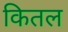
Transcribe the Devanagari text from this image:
कितल